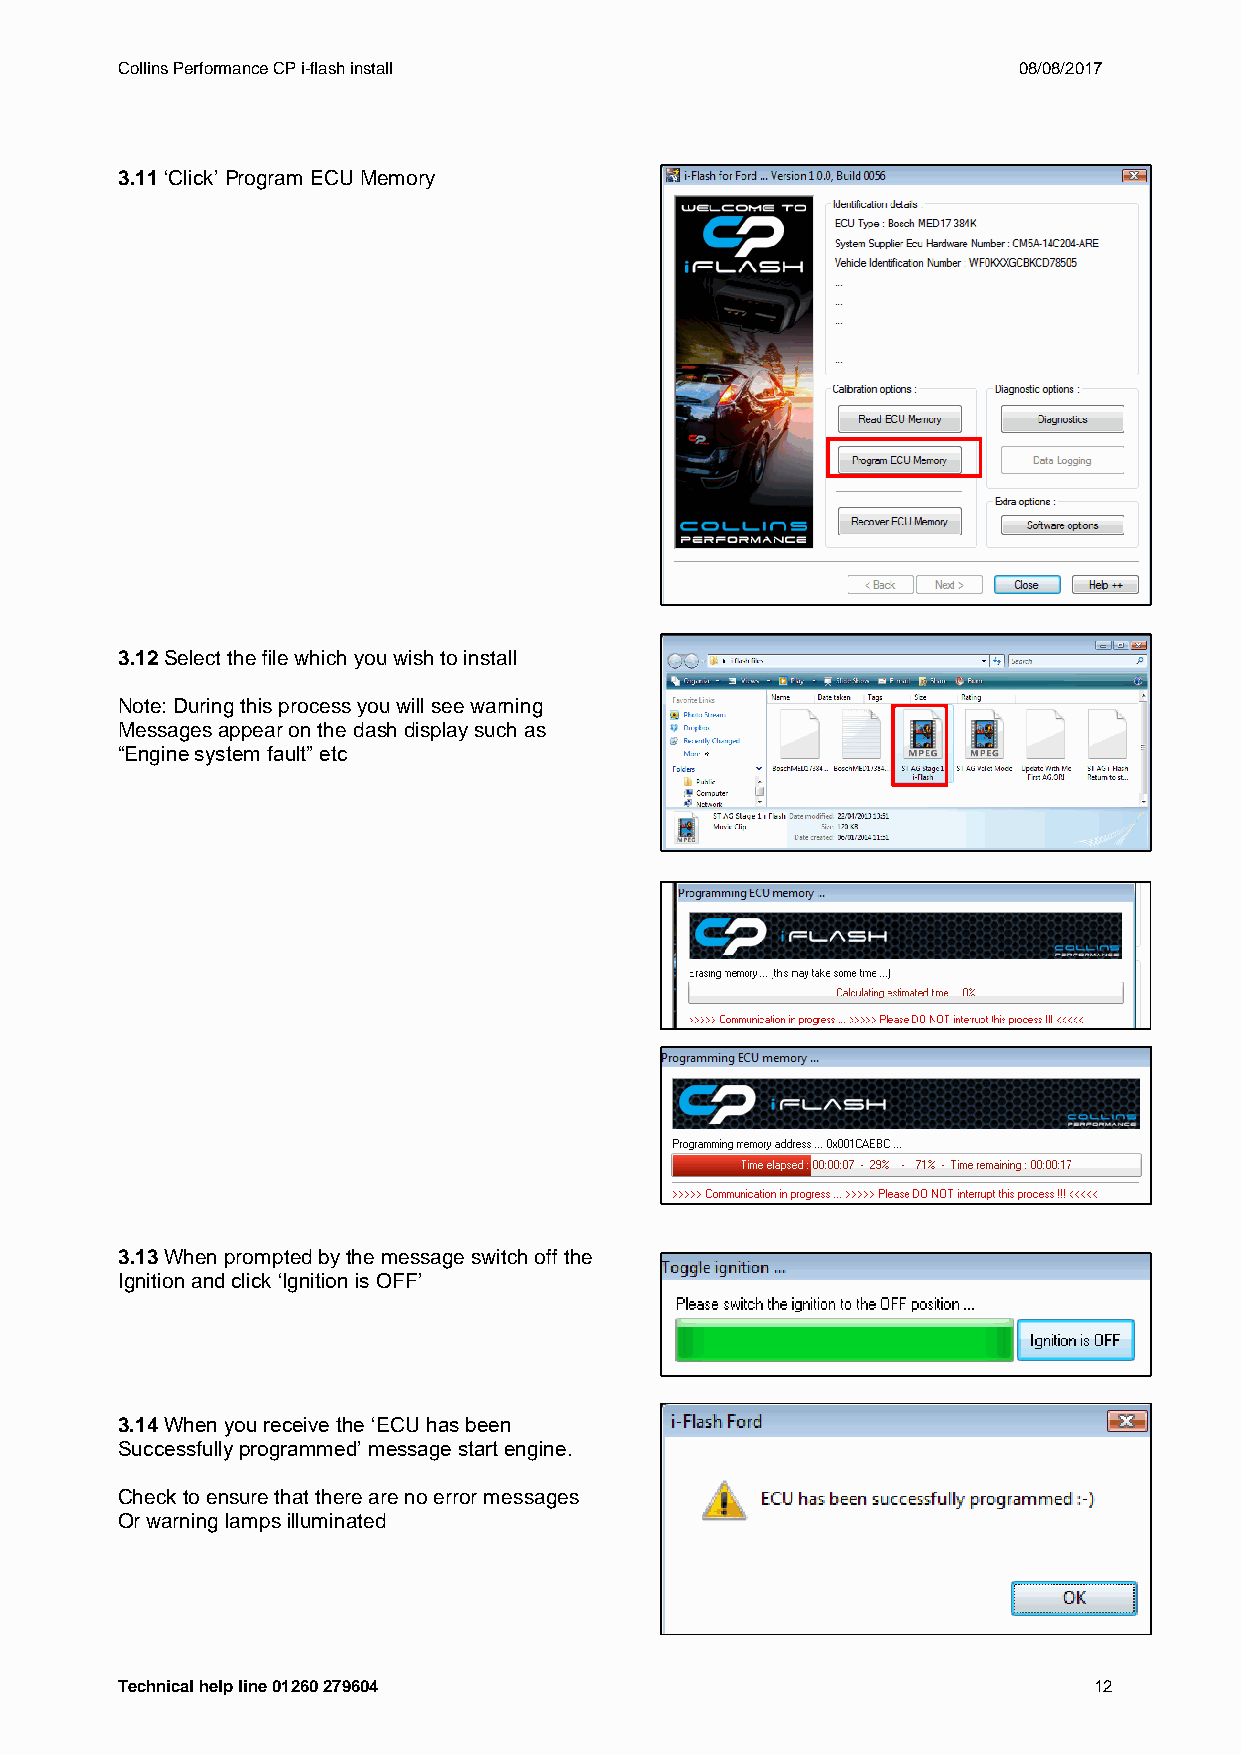
Collins Performance CP i-flash install                     08/08/2017
 3.11 ‘Click’ Program ECU Memory
 3.12 Select the file which you wish to install
 Note: During this process you will see warning
 Messages appear on the dash display such as
 “Engine system fault” etc
 3.13 When prompted by the message switch off the
 Ignition and click ‘Ignition is OFF’
 3.14 When you receive the ‘ECU has been
 Successfully programmed’ message start engine.
 Check to ensure that there are no error messages
 Or warning lamps illuminated
 Technical help line 01260 279604                                12